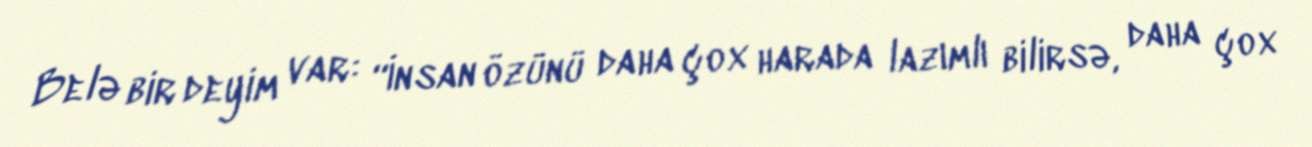
Belə bir deyim var: “İnsan özünü daha çox harada lazımlı bilirsə, daha çox